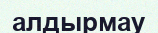
алдырмау